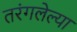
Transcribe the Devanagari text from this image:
तरंगलेल्या